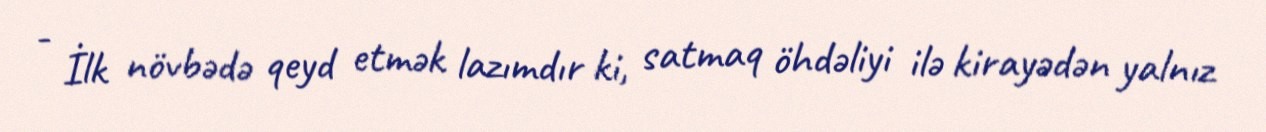
- İlk növbədə qeyd etmək lazımdır ki, satmaq öhdəliyi ilə kirayədən yalnız